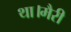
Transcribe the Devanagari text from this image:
था।मैरी